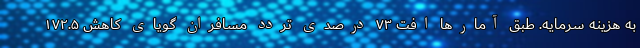
به هزینه سرمایه. طبق آمارها افت ۷۳ درصدی تردد مسافران گویای کاهش ۱۷۲.۵